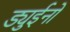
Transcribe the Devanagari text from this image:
ड्युईनो